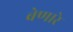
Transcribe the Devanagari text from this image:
बेणारे